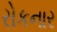
રોકનાર